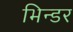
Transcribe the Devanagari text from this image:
भिन्डर